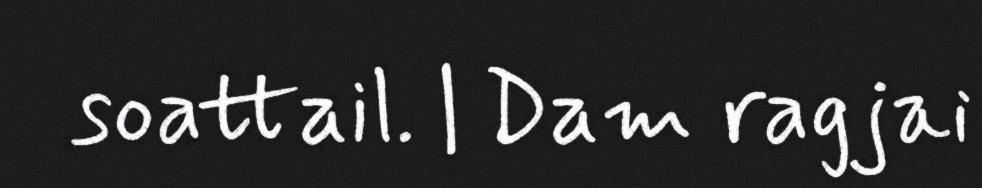
soattail. | Dam ragjai